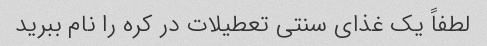
لطفاً یک غذای سنتی تعطیلات در کره را نام ببرید